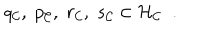
q _ { \cal C } , \; p _ { \cal C } , \; r _ { \cal C } , \; s _ { \cal C } \in { \cal H } _ { \cal C } \; \; .